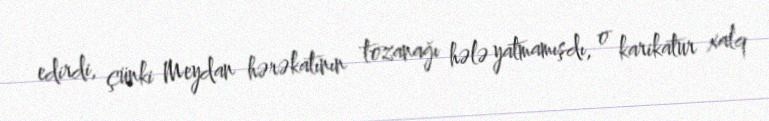
edirdi, çünki Meydan hərəkatının tozanağı hələ yatmamışdı, o karikatur xalq